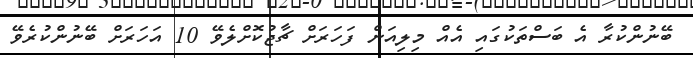
ބޭނުންކުރާ އެ ބަސްތަކުގައި އެއް މިލިއަން ފަހަރަށް ޗާޖުކޮށްލެވޭ 10 އަހަރަށް ބޭނުންކުރެވޭ